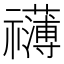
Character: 𮂣